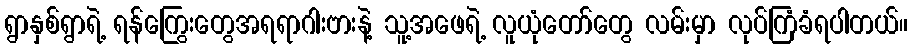
ရွာနှစ်ရွာရဲ့ ရန်ကြွေးတွေအရရာဂါးဗားနဲ့ သူ့အဖေရဲ့ လူယုံတော်တွေ လမ်းမှာ လုပ်ကြံခံရပါတယ်။